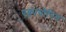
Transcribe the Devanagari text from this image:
एक्वापोरिन